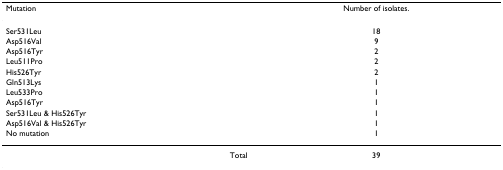
| Mutation | Number of isolates. |
 | --- | --- |
 | Ser531Leu | 18 |
 | Asp516Val | 9 |
 | Asp516Tyr | 2 |
 | Leu511Pro | 2 |
 | His526Tyr | 2 |
 | Gln513Lys | 1 |
 | Leu533Pro | 1 |
 | Asp516Tyr | 1 |
 | Ser531Leu & His526Tyr | 1 |
 | Asp516Val & His526Tyr | 1 |
 | No mutation | 1 |
 | Total | 39 |